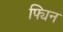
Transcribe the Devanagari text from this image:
फ्यिन